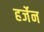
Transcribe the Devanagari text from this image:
हर्जेन